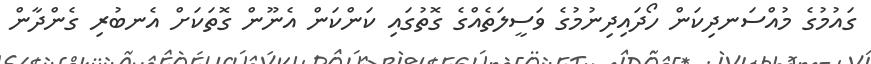
ގައުމުގެ މުއްސަނދިކަން ހޯދައިދިނުމުގެ ވަސީލަތެއްގެ ގޮތުގައި ކަންކަން އެނޫން ގޮތަކަށް އެނބުރި ގެންދާން